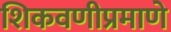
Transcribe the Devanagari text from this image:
शिकवणीप्रमाणे